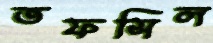
তফসিল